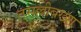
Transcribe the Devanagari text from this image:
तसल्लीबख्श